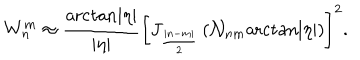
W _ { n } ^ { m } \approx \frac { \mathrm { a r c t a n } | \eta | } { | \eta | } \left[ J _ { \frac { | n - m | } 2 } \left( { \cal N } _ { n m } \mathrm { a r c t a n } | \eta | \right) \right] ^ { 2 } .